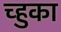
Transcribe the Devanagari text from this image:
च्हुका